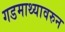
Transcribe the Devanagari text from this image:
गडमाथ्यावरुन